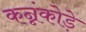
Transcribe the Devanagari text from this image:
कन्नंकोड़े